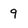
Character: 9